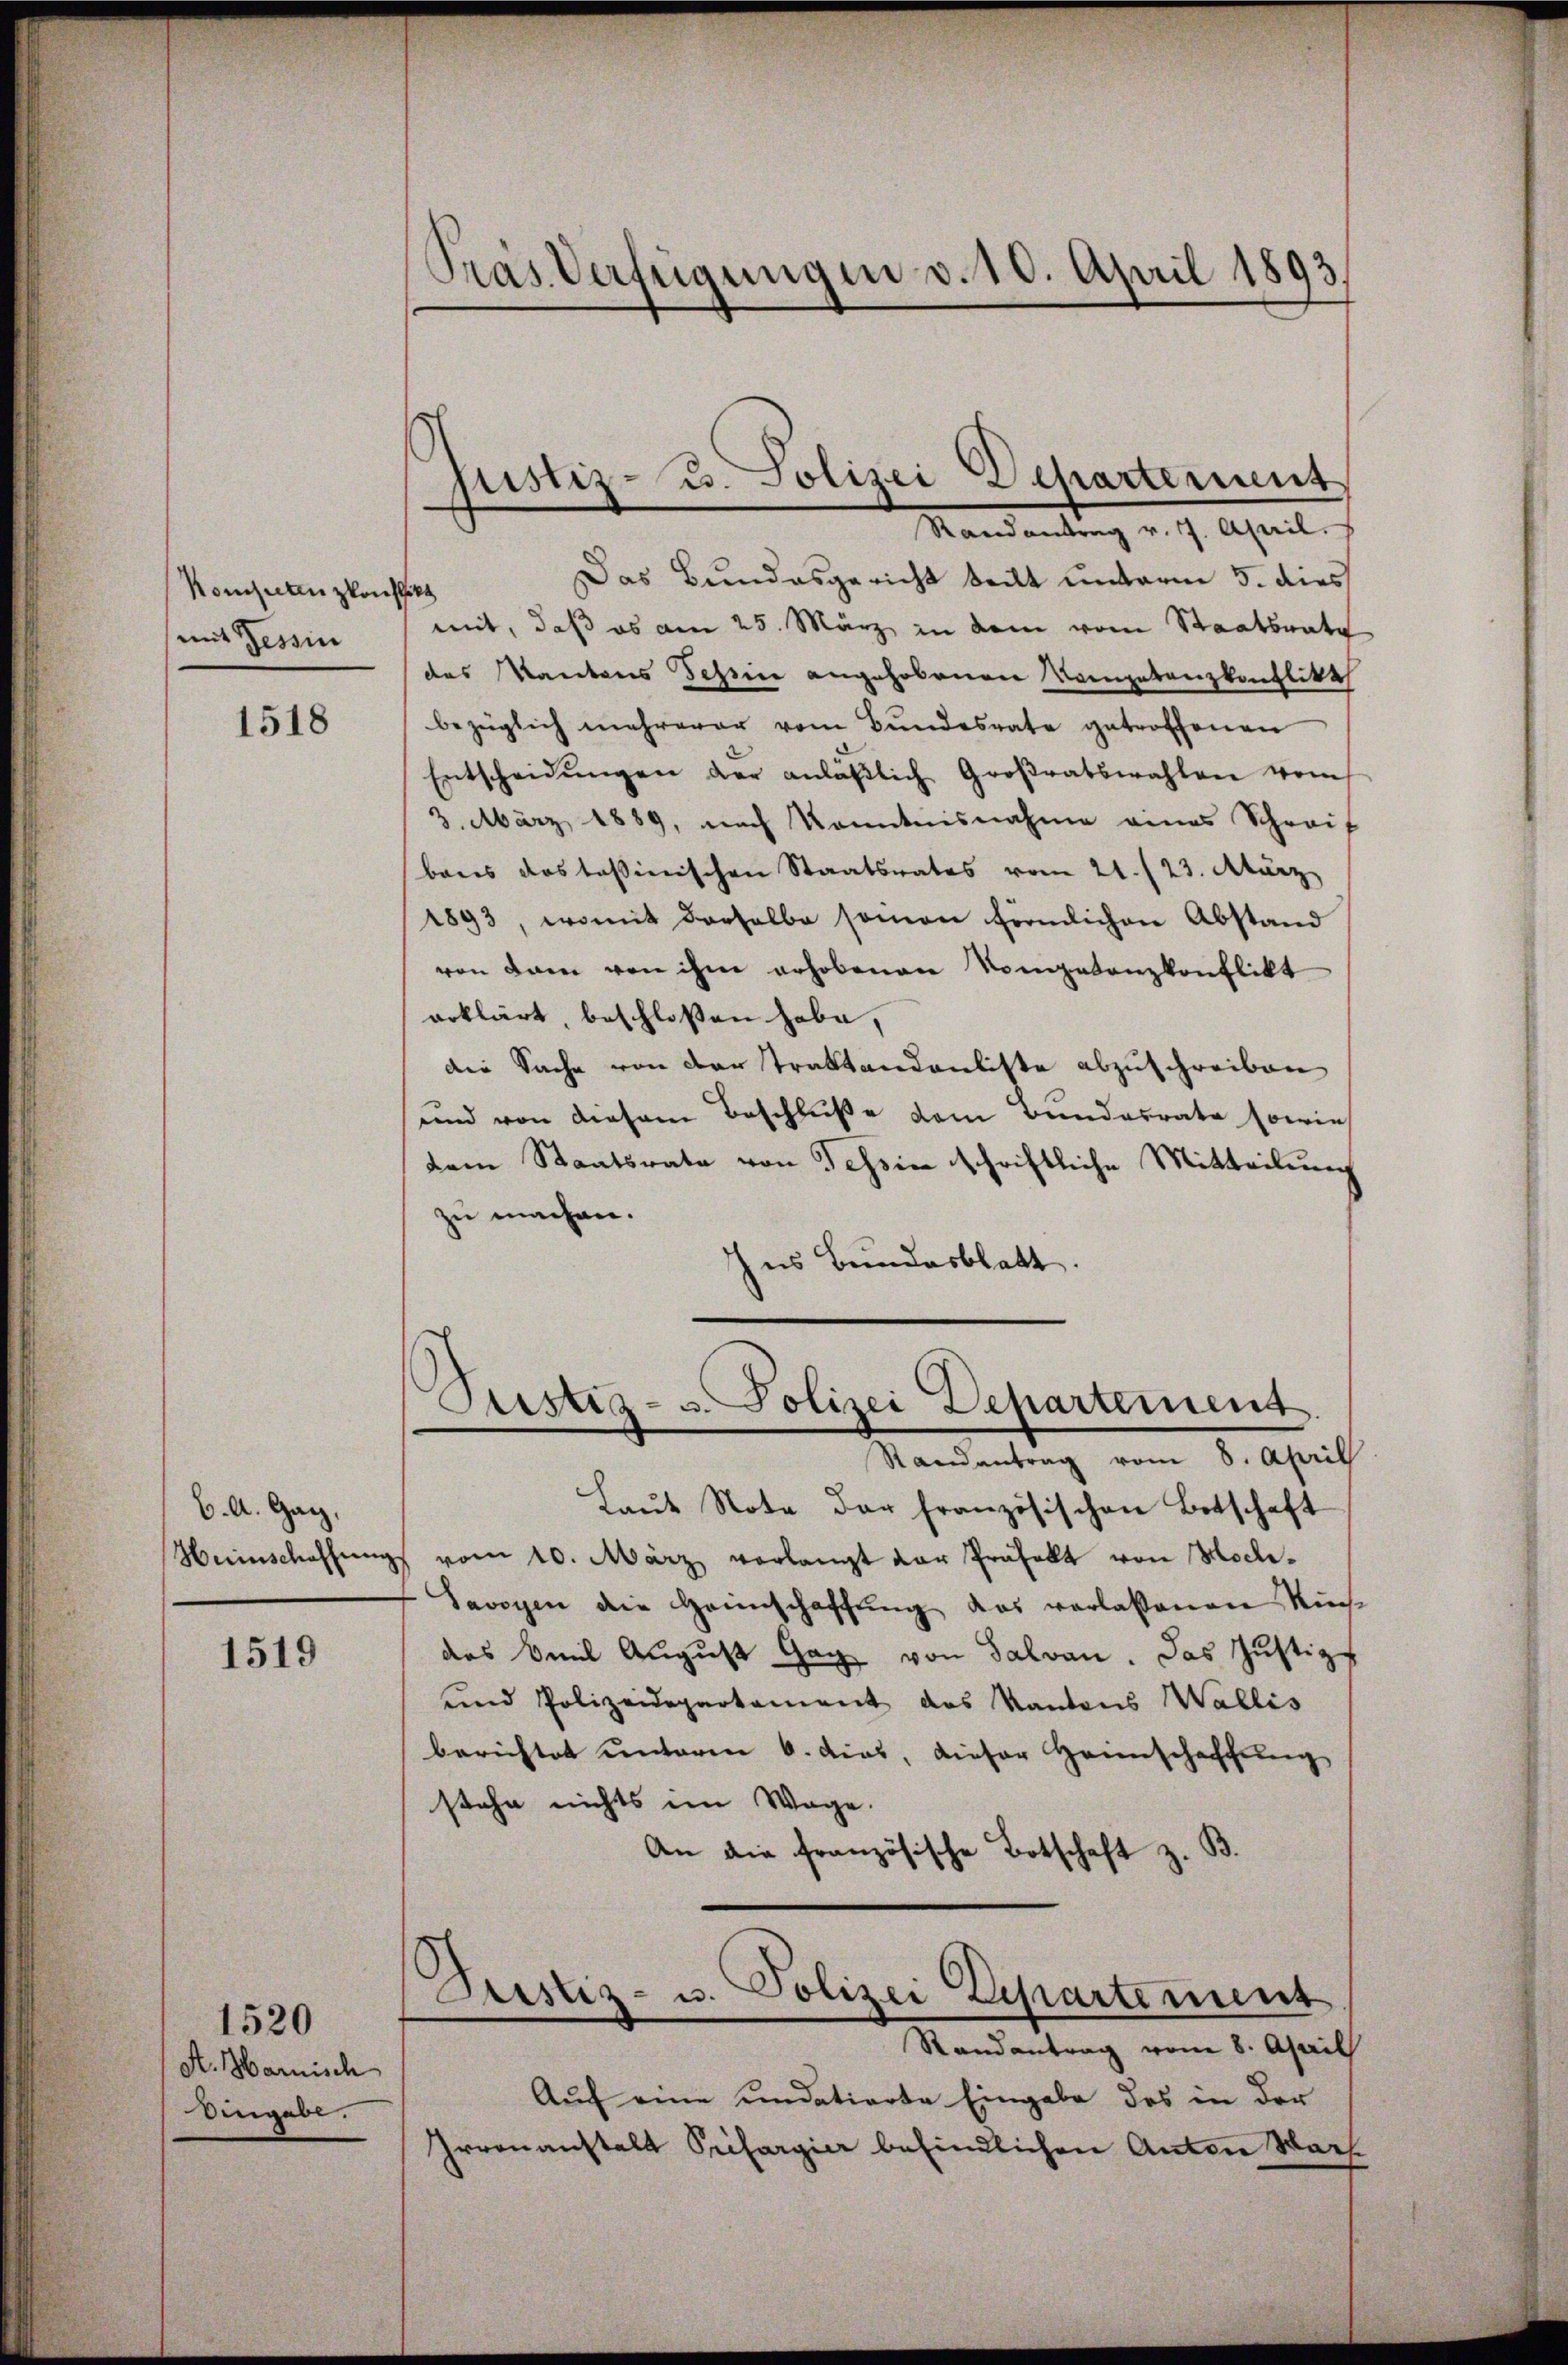
Kompetenzkonflikt
mit Tessin

1518

6. A. Ganz,
Herischaffung

1519

A. Harnisch
Eingabe.

1520

Pras Verfügungen d. 10. April 1893

Justiz- B. Polizei Departerient,
Randantrag v. 7. April.

Das Bundesgericht teilt unterm 5. dies
mit, daß es am 25. März in dem vom Staatsrate
des Kantons Schine angehobenen Kompetenzkonflikt
bezüglich mehrerer vom Bŭndesrate getroffenen
Entscheidŭngen der anläβlich Großratswahlen vom
3. März 1889, nach Kenntnisnahme eines Schreif
bares das tessinischen Staatsrates vom 21./23. März
1893, womit derselbe seinen förmlichen Abstand
von dam von ihm erhobenen Kompetenzkonflikt
erklärt, beschloßen habe,
die Sache von der Traktandenliste abzuschreiben
und von diesem Beschluße dem Bundesrate sowie
dem Staatsrate von Tessin schriftliche Mitteilung
zu machen.
hus Bundesblatt.
Pertig- u. Polizei Departement.
Randantrag vom 8. April
Laŭt Note der französischen Betschaft
7 vom 10. März verlangt der Präfelt von Hoch¬
Savoyen die Haunschaffung das verlassenen Rich-
das Amil Aŭgŭst Gag von Salvan. Das Justiz-
und Polizeidepartament des Kantons Wallis
berichtet unterm 6. dies, dieser Hannschaffŭng
stehe nichts im Wage.
An die französische Botschaft z. B.
Diustiz- u. Polizei Zepartement
Randantrag vom 8. April
Auch eine undatierte Eingabe des in der
Irrenanstalt Prifargier befindlichen Anton Wach¬